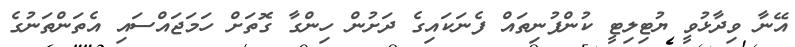
އޭނާ ވިދާޅުވީ ޔުޓިލިޓީ ކުންފުނިތައް ފެނަކައިގެ ދަށުން ހިންގާ ގޮތަށް ހަމަޖައްސައި އެތަންތަނުގެ